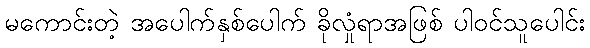
မကောင်းတဲ့ အပေါက်နှစ်ပေါက် ခိုလှုံရာအဖြစ် ပါဝင်သူပေါင်း